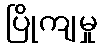
ပြိုကျမှု